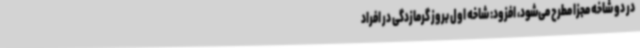
در دو شاخه مجزا مطرح می‌شود، افزود: شاخه اول بروز گرمازدگی در افراد